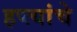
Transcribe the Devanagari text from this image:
हप्त्यांचे